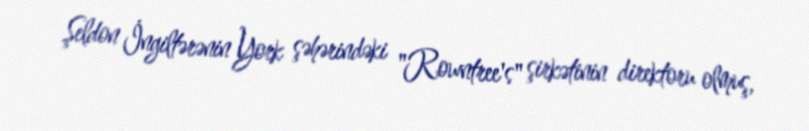
Şeldon İngiltərənin York şəhərindəki "Rowntree's" şirkətinin direktoru olmuş,